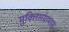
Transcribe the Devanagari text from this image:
मुक्तिसंग्रामास